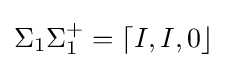
\Sigma _{1}\Sigma _{1}^{+}=\lceil I,I,0\rfloor